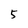
Character: 5